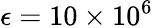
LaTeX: \epsilon=10\times 10^{6}